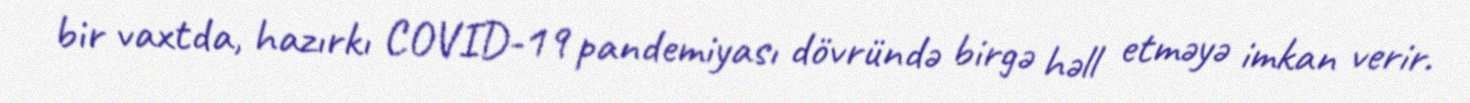
bir vaxtda, hazırkı COVID-19 pandemiyası dövründə birgə həll etməyə imkan verir.